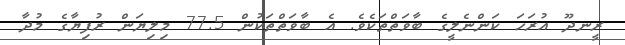
ރީނދޫ އުރަހަ ކަންނެލީގެ ބާވަތްތަކެވެ. އެ ބާވަތްތަކުން 77.5 މިލިޔަން ރުފިޔާގެ މުދާ